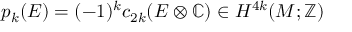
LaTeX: p _ { k } ( E ) = ( - 1 ) ^ { k } c _ { 2 k } ( E \otimes \mathbb { C } ) \in H ^ { 4 k } ( M ; \mathbb { Z } )